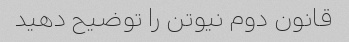
قانون دوم نیوتن را توضیح دهید